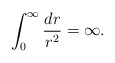
\begin{align*}\int_{0}^{\infty }\frac{dr}{r^{2}}=\infty . \end{align*}